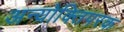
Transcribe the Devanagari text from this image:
अन्योक्तिपरक